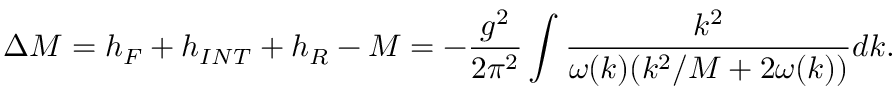
\Delta M = h _ { F } + h _ { I N T } + h _ { R } - M = - { \frac { g ^ { 2 } } { 2 \pi ^ { 2 } } } \int { \frac { k ^ { 2 } } { \omega ( k ) ( k ^ { 2 } / M + 2 \omega ( k ) ) } } d k .